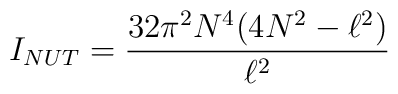
I_{NUT}=\frac{32\pi ^{2}N^{4}(4N^{2}-\ell ^{2})}{\ell ^{2}}